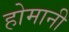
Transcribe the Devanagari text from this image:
होमानी